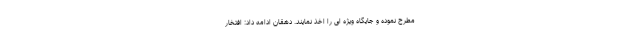
مطرح نموده و جایگاه ویژه ای را اخذ نمایند. دهقان ادامه داد: افتخار